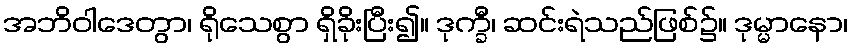
အဘိဝါဒေတွာ၊ ရိုသေစွာ ရှိခိုးပြီး၍။ ဒုက္ခီ၊ ဆင်းရဲသည်ဖြစ်၌။ ဒုမ္မာနော၊